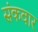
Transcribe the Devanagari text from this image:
संकवार